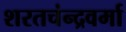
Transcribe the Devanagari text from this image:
शरतचंन्द्रवर्मा